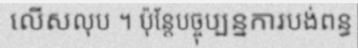
លើសលុប ។ ប៉ុន្តែបច្ចុប្បន្នការបង់ពន្ធ